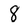
Character: 8